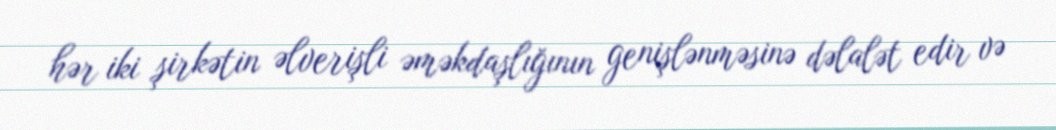
hər iki şirkətin əlverişli əməkdaşlığının genişlənməsinə dəlalət edir və